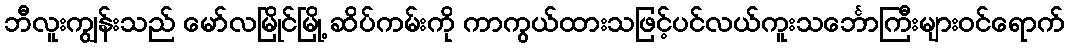
ဘီလူးကျွန်းသည် မော်လမြိုင်မြို့ ဆိပ်ကမ်းကို ကာကွယ်ထားသဖြင့်ပင်လယ်ကူးသင်္ဘောကြီးများဝင်ရောက်